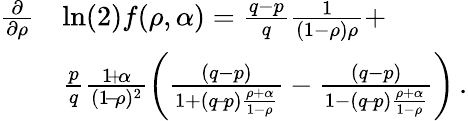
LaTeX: \begin{array}{rl}{\frac{\partial}{\partial\rho}}&{\ln(2)f(\rho,\alpha)=\frac{q-p}{q}\frac{1}{(1-\rho)\rho}+}\\ &{\frac{p}{q}\frac{1\! +\! \alpha}{(1\! -\! \rho)^{2}}\left(\frac{(q-p)}{1+(q\! -\! p)\frac{\rho+\alpha}{1-\rho}}-\frac{(q-p)}{1-(q\! -\! p)\frac{\rho+\alpha}{1-\rho}}\right)\, .}\end{array}